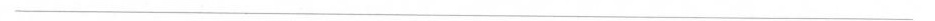
___